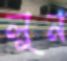
লুন